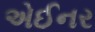
એઈનર